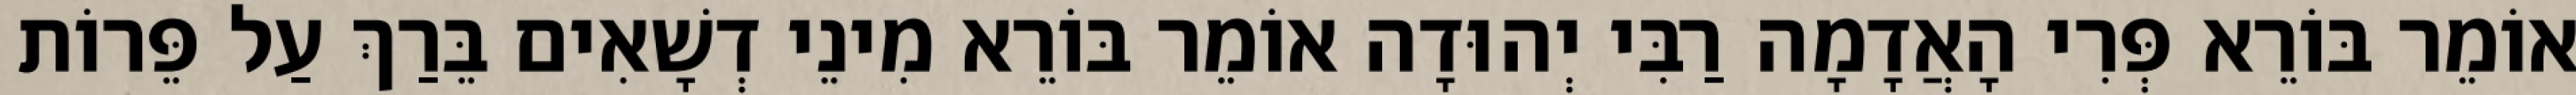
אוֹמֵר בּוֹרֵא פְּרִי הָאֲדָמָה רַבִּי יְהוּדָה אוֹמֵר בּוֹרֵא מִינֵי דְשָׁאִים בֵּרַךְ עַל פֵּרוֹת